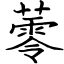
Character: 蕶